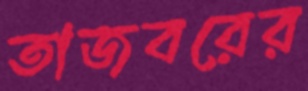
তাজবরের